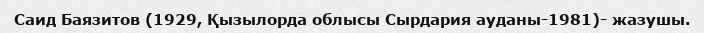
Саид Баязитов (1929, Қызылорда облысы Сырдария ауданы-1981)- жазушы.